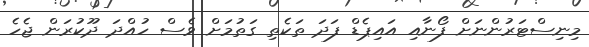
މިނިސްޓަރުންނަށް ފޯނާއި އައިޕެޑް ފަދަ ތަކެތި ގަތުމަށް ވެސް ހުއްދަ ދޫކުރަން ޖެހެ